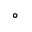
\circ